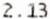
2.13